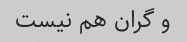
و گران هم نیست